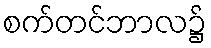
စက်တင်ဘာလ၌